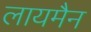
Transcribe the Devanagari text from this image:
लायमैन